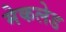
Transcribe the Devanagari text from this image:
मेकलेड